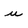
Character: u